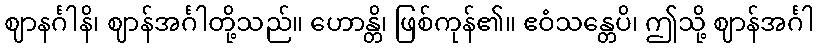
ဈာနင်္ဂါနိ၊ ဈာန်အင်္ဂါတို့သည်။ ဟောန္တိ၊ ဖြစ်ကုန်၏။ ဧဝံသန္တေပိ၊ ဤသို့ ဈာန်အင်္ဂါ